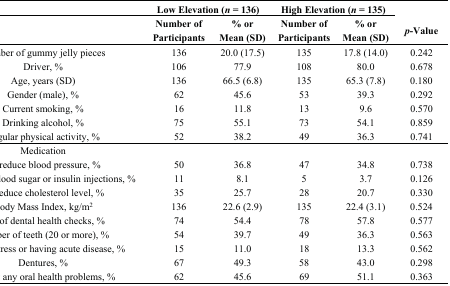
|  | <COLSPAN=2> Low Elevation (n = 136) | <COLSPAN=2> High Elevation (n = 135) |  |
 |  | Number of Participants | % or Mean (SD) | Number of Participants | % or Mean (SD) | p-Value |
 | --- | --- | --- | --- | --- | --- |
 | Number of gummy jelly pieces | 136 | 20.0 (17.5) | 135 | 17.8 (14.0) | 0.242 |
 | Driver, % | 106 | 77.9 | 108 | 80.0 | 0.678 |
 | Age, years (SD) | 136 | 66.5 (6.8) | 135 | 65.3 (7.8) | 0.180 |
 | Gender (male), % | 62 | 45.6 | 53 | 39.3 | 0.292 |
 | Current smoking, % | 16 | 11.8 | 13 | 9.6 | 0.570 |
 | Drinking alcohol, % | 75 | 55.1 | 73 | 54.1 | 0.859 |
 | Regular physical activity, % | 52 | 38.2 | 49 | 36.3 | 0.741 |
 | Medication |  |  |  |  |  |
 | To reduce blood pressure, % | 50 | 36.8 | 47 | 34.8 | 0.738 |
 | To reduce blood sugar or insulin injections, % | 11 | 8.1 | 5 | 3.7 | 0.126 |
 | To reduce cholesterol level, % | 35 | 25.7 | 28 | 20.7 | 0.330 |
 | Body Mass Index, kg/m2 | 136 | 22.6 (2.9) | 135 | 22.4 (3.1) | 0.524 |
 | Use of dental health checks, % | 74 | 54.4 | 78 | 57.8 | 0.577 |
 | Number of teeth (20 or more), % | 54 | 39.7 | 49 | 36.3 | 0.563 |
 | Feeling stress or having acute disease, % | 15 | 11.0 | 18 | 13.3 | 0.562 |
 | Dentures, % | 67 | 49.3 | 58 | 43.0 | 0.298 |
 | Having any oral health problems, % | 62 | 45.6 | 69 | 51.1 | 0.363 |